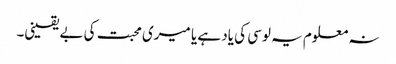
نہ معلوم یہ لوسی کی یاد ہے یا میری محبت کی بے یقینی۔